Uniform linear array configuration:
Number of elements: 16
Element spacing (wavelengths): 0.25
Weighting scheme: kaiser
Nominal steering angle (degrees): -45
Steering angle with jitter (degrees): -45.112
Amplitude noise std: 0.05
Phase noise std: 0.05

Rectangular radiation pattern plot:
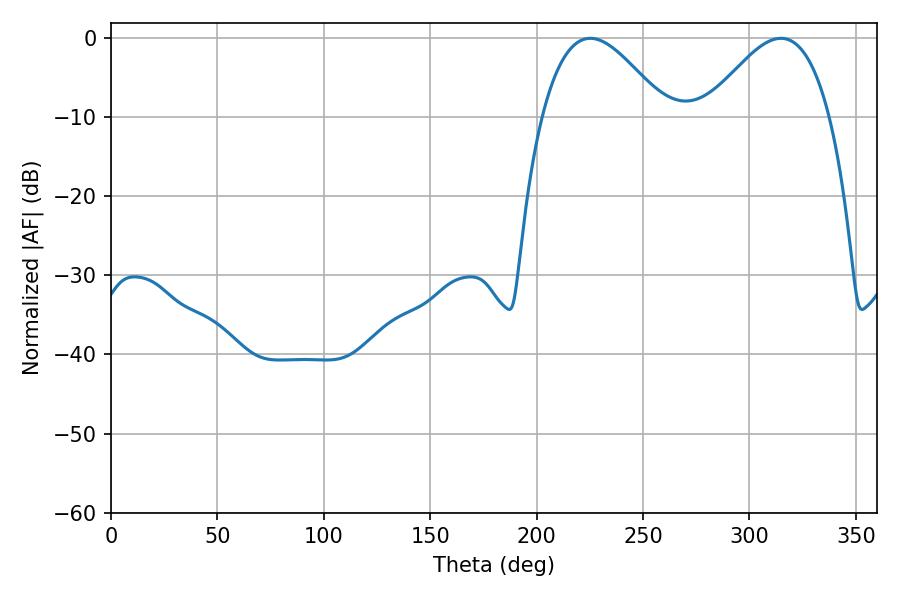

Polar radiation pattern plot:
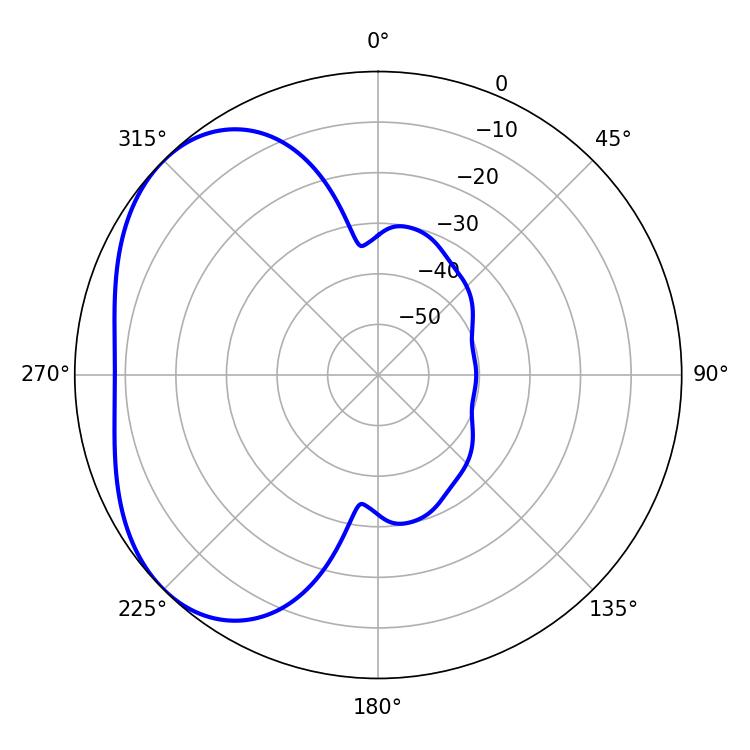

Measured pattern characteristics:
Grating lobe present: FALSE
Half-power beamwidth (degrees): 31.5
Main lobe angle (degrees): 225.18